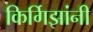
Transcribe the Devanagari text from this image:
किर्गिझांनी